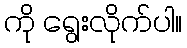
ကို ရွေးလိုက်ပါ။